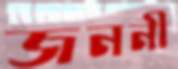
জননী